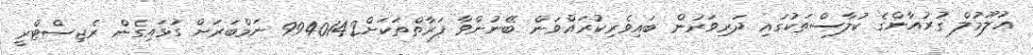
ޢުލޫމުލް ޤުރުއާންގެ ކުލާސްތަކުގައި ދަރިވަރުން ބައިވެރިކުރައްވަން ބޭނުންވާ ފަރާތްތަކަށް9940142 ނަމްބަރަށް ގުޅައިގެން ރެޖިސްޓްރީ